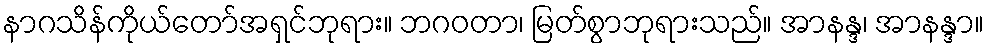
နာဂသိန်ကိုယ်တော်အရှင်ဘုရား။ ဘဂဝတာ၊ မြတ်စွာဘုရားသည်။ အာနန္ဒ၊ အာနန္ဒာ။